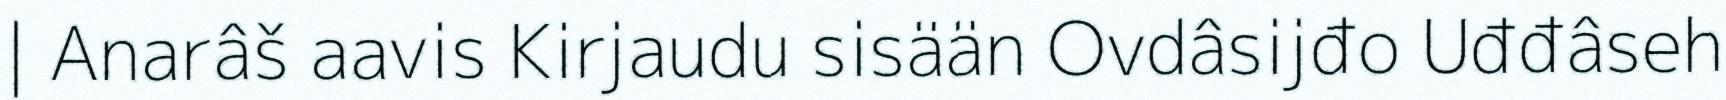
| Anarâš aavis Kirjaudu sisään Ovdâsijđo Uđđâseh